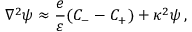
\nabla ^ { 2 } \psi \approx \frac { e } { \varepsilon } ( C _ { - } - C _ { + } ) + \kappa ^ { 2 } \psi \, ,